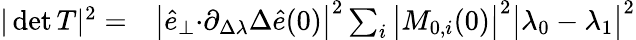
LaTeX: \begin{array}{rl}{\vert\operatorname*{det}T\vert^{2}=}&{{}{\big\vert\hat{e}_{\perp}{\cdot}\partial_{\Delta\lambda}\Delta\hat{e}(0)\big\vert^{2}\sum_{i}\big\vert M_{0,i}(0)\big\vert^{2}}\big\vert\lambda_{0}-\lambda_{1}\big\vert^{2}}\end{array}